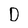
Character: D